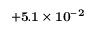
{ \bf + 5 . 1 \times 1 0 ^ { - 2 } }